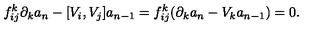
f _ { i j } ^ { k } \partial _ { k } a _ { n } - [ V _ { i } , V _ { j } ] a _ { n - 1 } = f _ { i j } ^ { k } ( \partial _ { k } a _ { n } - V _ { k } a _ { n - 1 } ) = 0 .